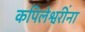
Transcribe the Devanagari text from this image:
कपिलेश्वरींना